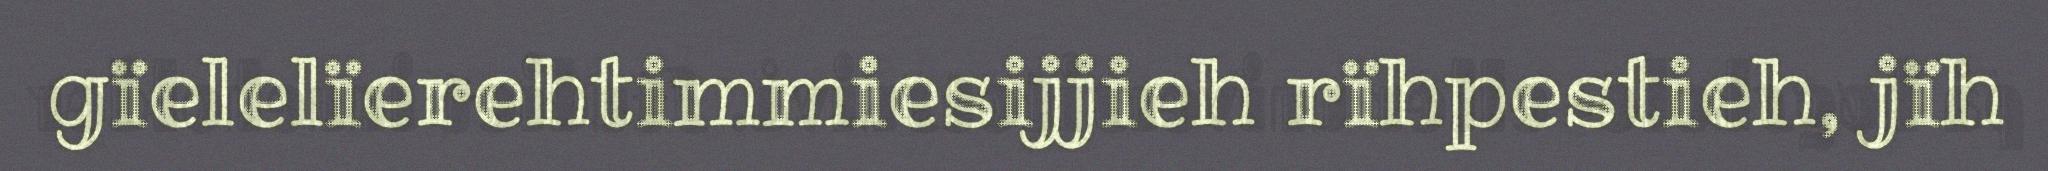
gïelelïerehtimmiesijjieh rïhpestieh, jïh